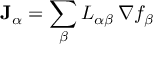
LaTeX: \mathbf { J } _ { \alpha } = \sum _ { \beta } L _ { \alpha \beta } \, \nabla f _ { \beta }